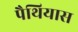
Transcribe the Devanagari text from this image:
पैथियास